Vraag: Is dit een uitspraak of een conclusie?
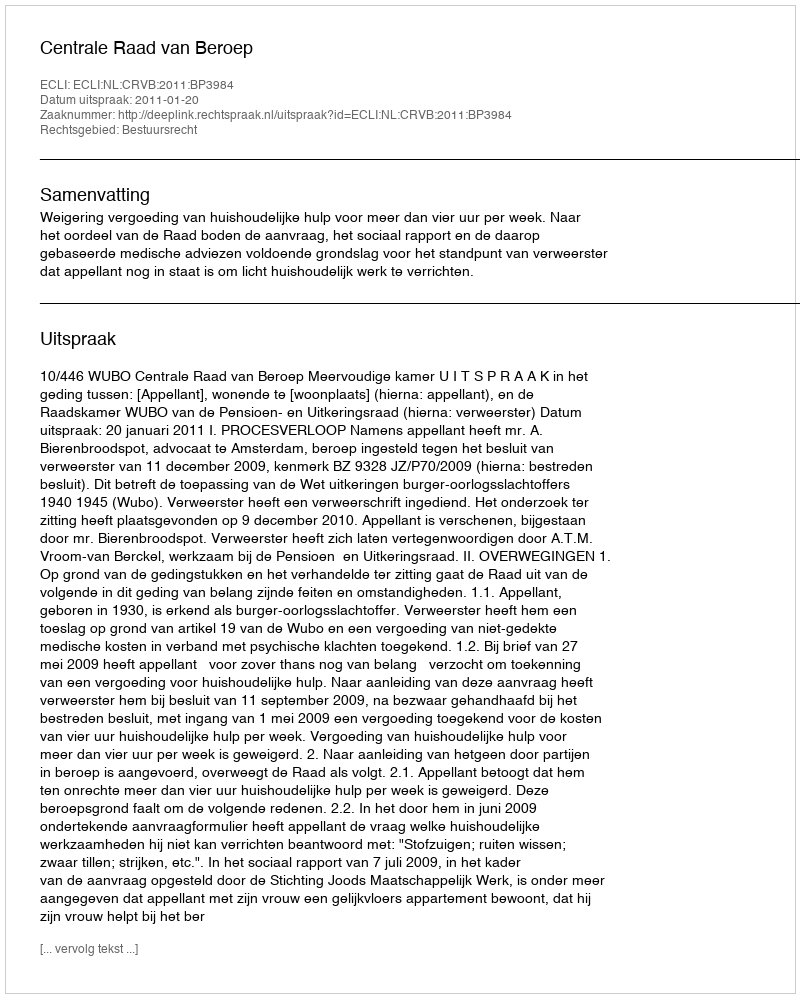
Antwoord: Uitspraak